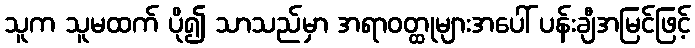
သူက သူမထက် ပို၍ သာသည်မှာ အရာဝတ္ထုများအပေါ် ပန်းချီအမြင်ဖြင့်